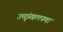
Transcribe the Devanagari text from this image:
उच्छृंखलपणा